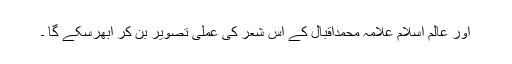
اور عالم اسلام علامہ محمداقبال کے اس شعر کی عملی تصویر بن کر ابھرسکے گا ۔